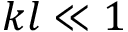
k l \ll 1